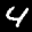
Label: 4